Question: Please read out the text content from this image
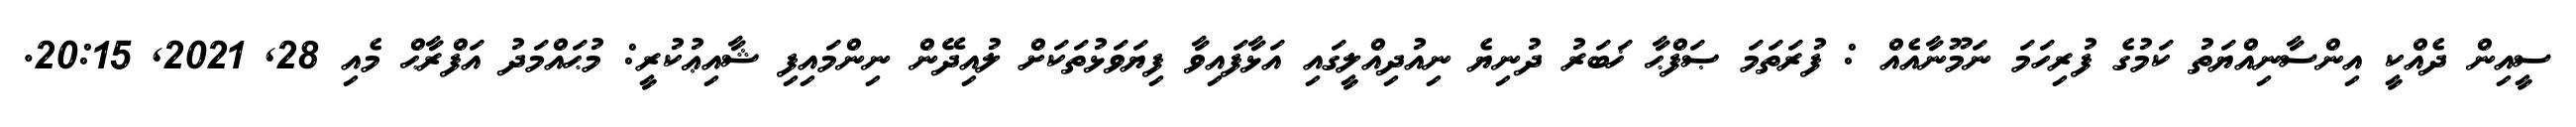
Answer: ސީއިން ދެއްކީ އިންސާނިއްޔަތު ކަމުގެ ފުރިހަމަ ނަމޫނާއެއް : ފުރަތަމަ ޞަފްޙާ ޚަބަރު ދުނިޔެ ނިއުދިއްލީގައި އަޅާފައިވާ ފިޔަވަޅުތަކަށް ލުއިދޭން ނިންމައިފި ޝާއިޢުކުރީ: މުޙައްމަދު އަފްރާޙް މެއި 28, 2021, 20:15.